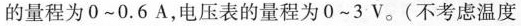
的量程为0~0.6A，电压表的量程为0~3V。(不考虑温度